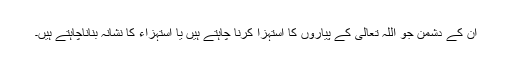
ان کے دشمن جو اللہ تعالیٰ کے پیاروں کا استہزا کرنا چاہتے ہیں یا استہزاء کا نشانہ بناناچاہتے ہیں۔